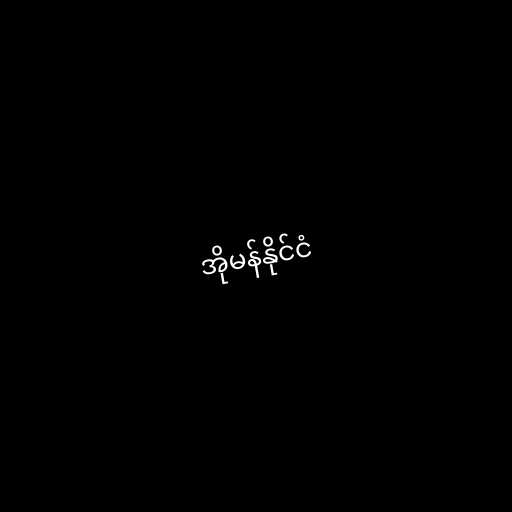
အိုမန်နိုင်ငံ